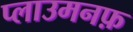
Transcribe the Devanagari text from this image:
प्लाउमनफ़